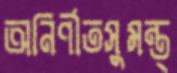
অনির্ণীতসুমন্ত্